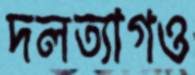
দলত্যাগও